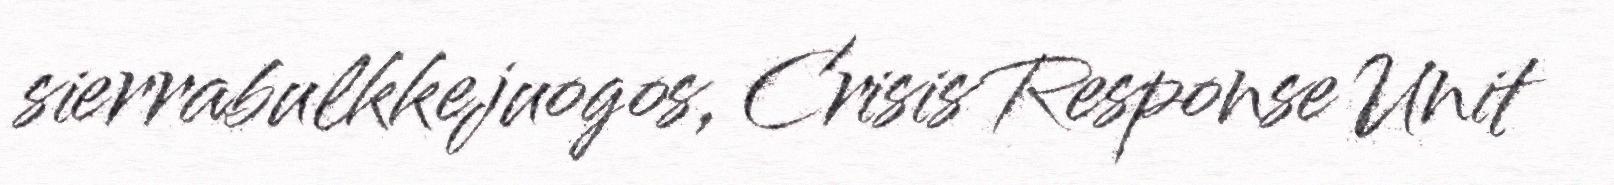
sierrabulkkejuogos, Crisis Response Unit